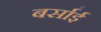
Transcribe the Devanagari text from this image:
बर्साई